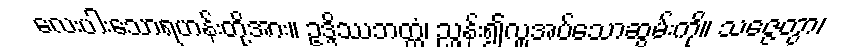
လေးပါးသောရဟန်းတို့အား။ ဥဒ္ဒိဿဘတ္တံ၊ ညွှန်း၍လှူအပ်သောဆွမ်းကို။ သဇ္ဇေတွာ၊